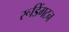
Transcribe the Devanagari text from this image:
रूडिंगटन